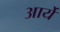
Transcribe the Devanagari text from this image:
आर्ये